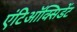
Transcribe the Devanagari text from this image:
एंटिऑक्सिडेंट